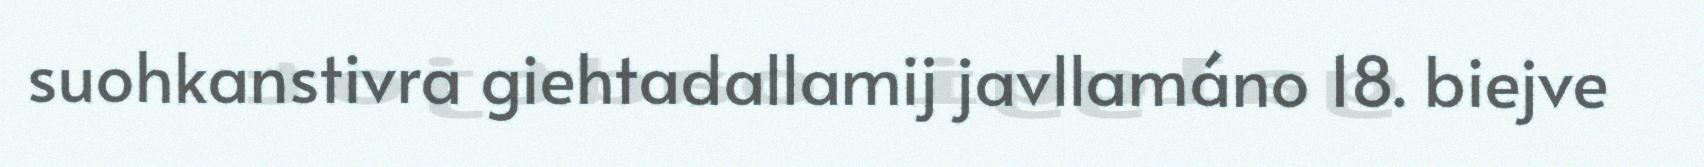
suohkanstivra giehtadallamij javllamáno 18. biejve